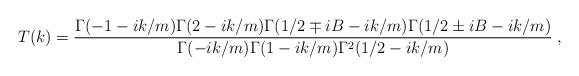
LaTeX: \begin{align*}T(k)=\frac{\Gamma(-1-ik/m)\Gamma(2-ik/m)\Gamma(1/2\mp iB-ik/m)\Gamma(1/2\pm iB-ik/m)}{\Gamma(-ik/m)\Gamma(1-ik/m)\Gamma^2(1/2-ik/m)}\;,\end{align*}